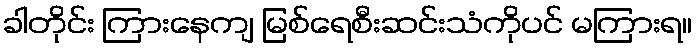
ခါတိုင်း ကြားနေကျ မြစ်ရေစီးဆင်းသံကိုပင် မကြားရ။